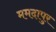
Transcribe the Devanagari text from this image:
ममदापुर